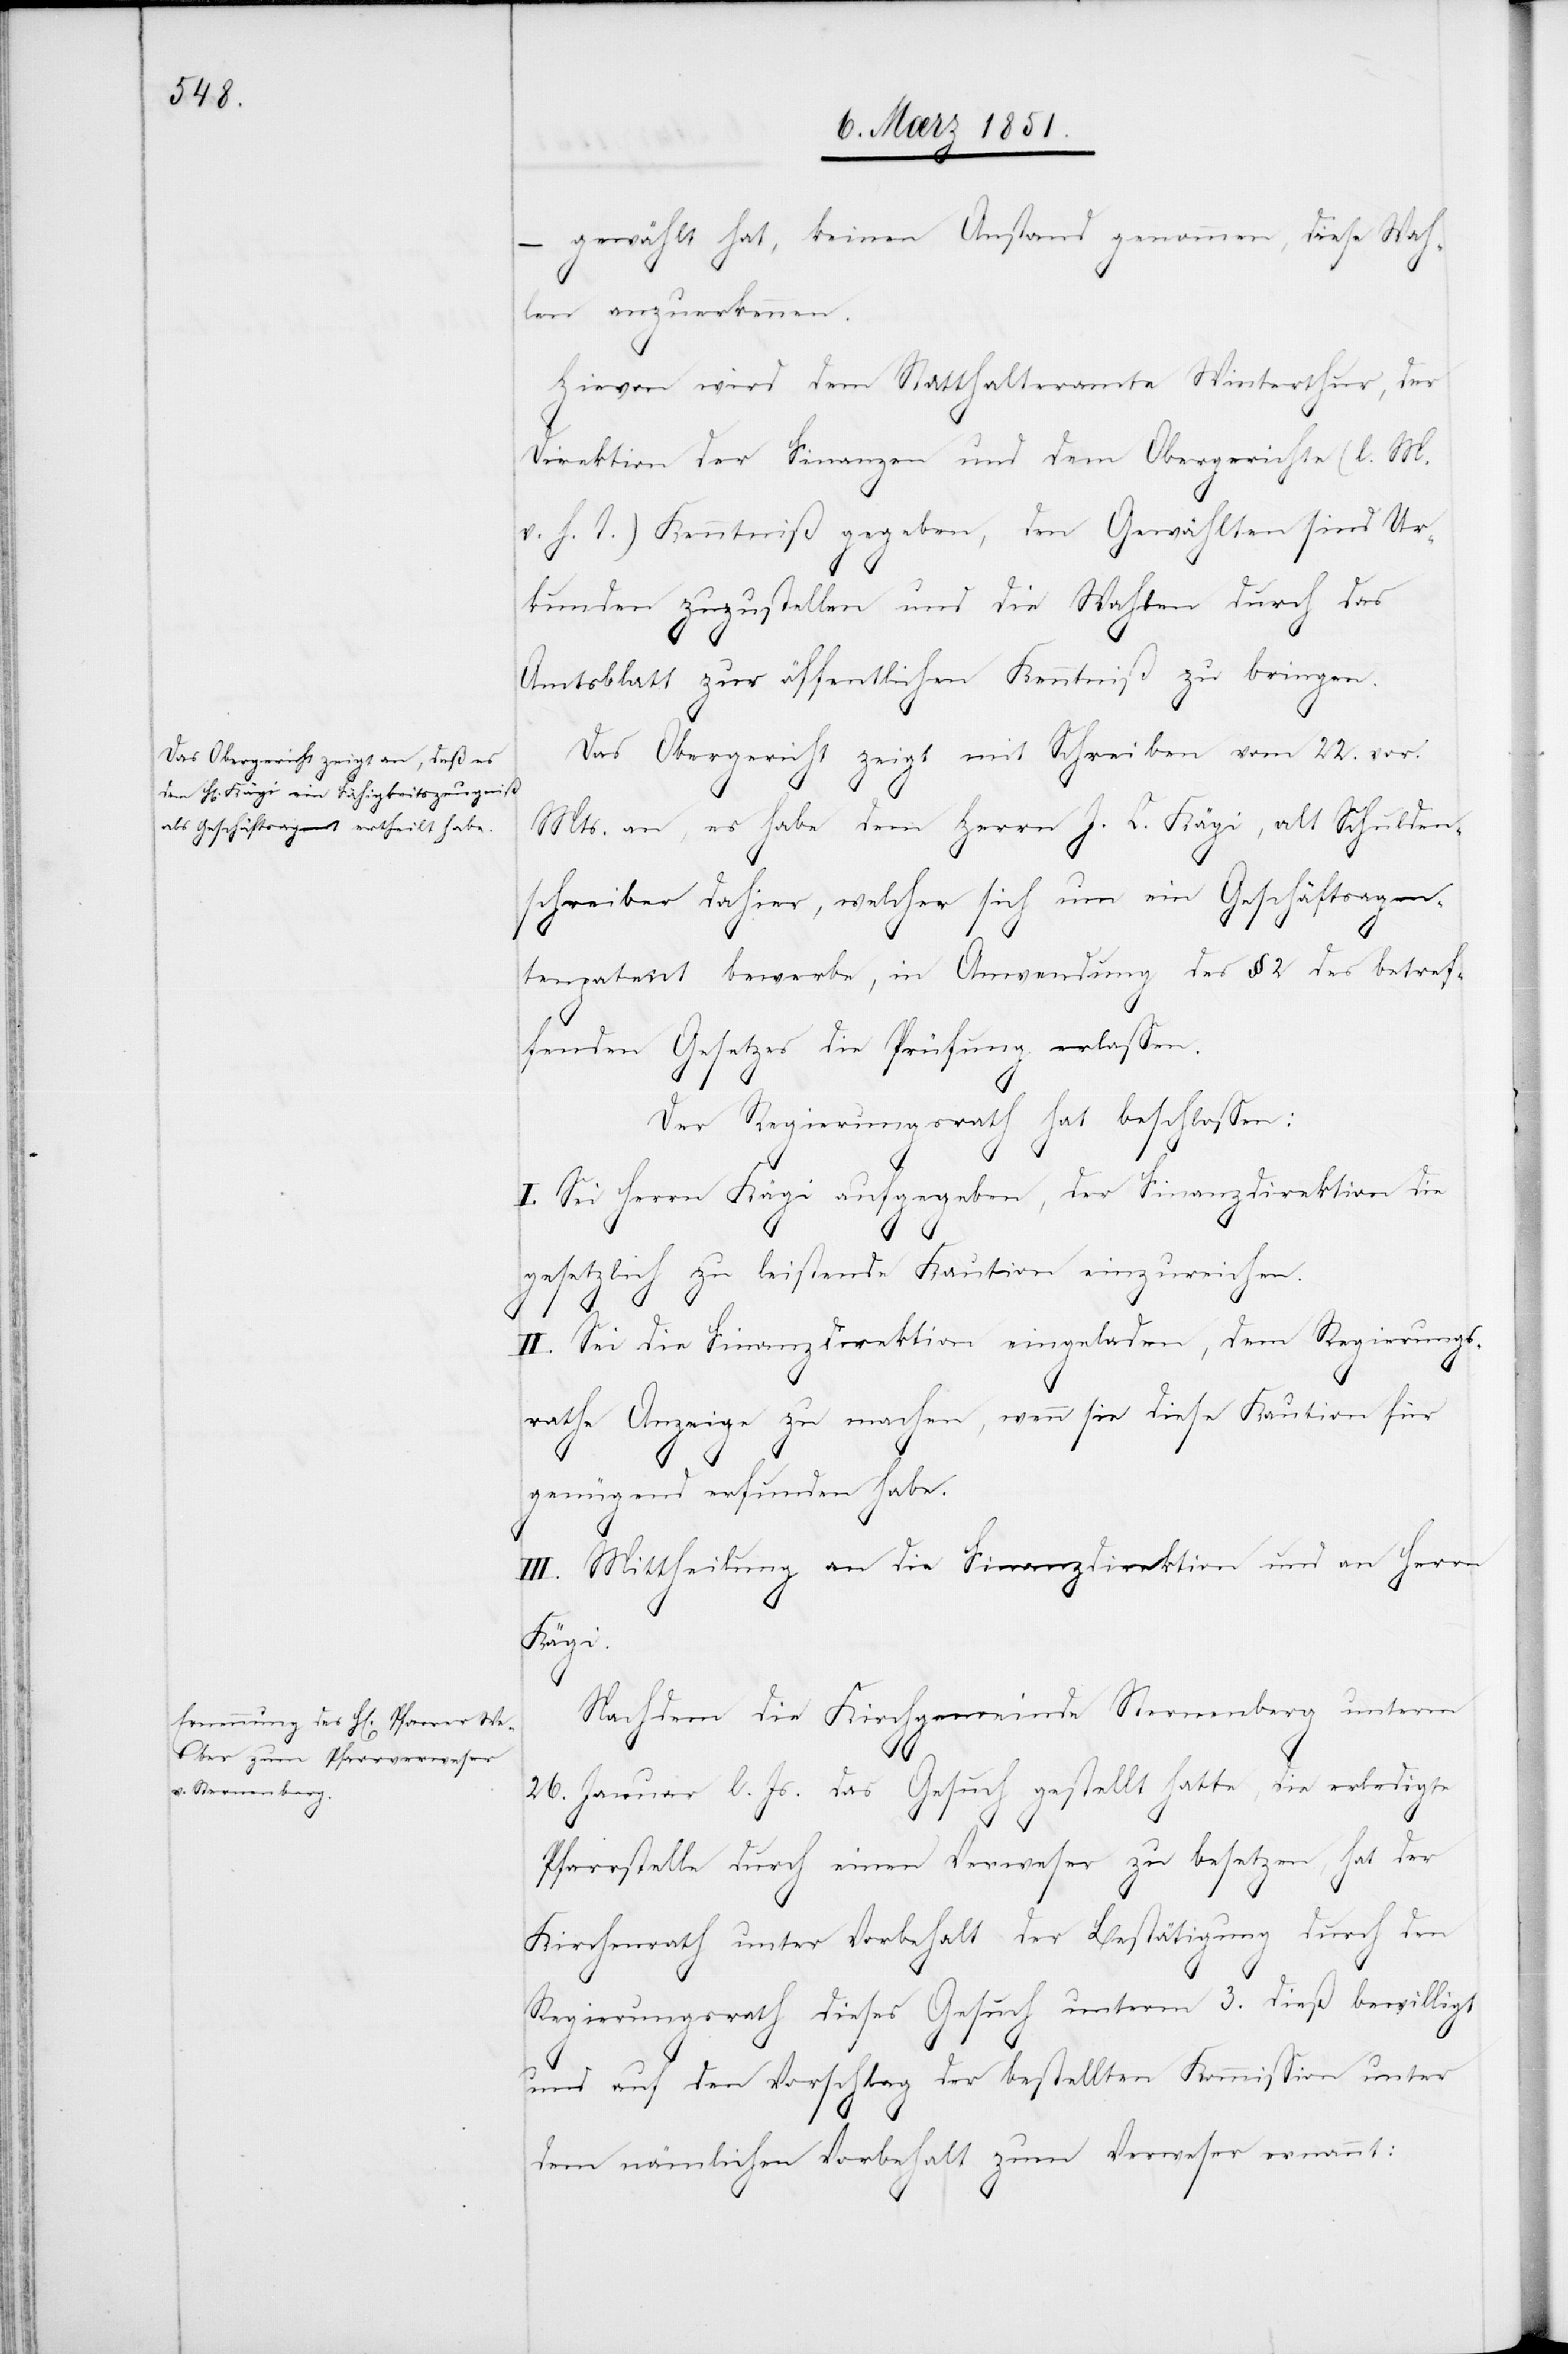
–
gewählt hat, keinen Anstand genommen, diese Wah¬
len anzuerkennen.
Hievon wird dem Statthalteramte Winterthur, der
Direktion der Finanzen und dem Obergerichte (l. M.
v. h. T.) Kenntniß gegeben, den Gewählten sind Ur¬
kunden zuzustellen und die Wahlen durch das
Amtsblatt zur öffentlichen Kenntniß zu bringen.
Das Obergericht zeigt mit Schreiben vom 22. vor.
Mts. an, es habe dem Herrn J. C. Kägi, alt Schulden¬
schreiber dahier, welcher sich um ein Geschäftsagen¬
tenpatent bewerbe, in Anwendung des § 2 des betref¬
fenden Gesetzes die Prüfung erlassen.
Der Regierungsrath hat beschlossen:
I. Sei Herrn Kägi aufgegeben, der Finanzdirektion die
gesetzlich zu leistende Kaution einzureichen.
II. Sei die Finanzdirektion eingeladen, dem Regierungs¬
rathe Anzeige zu machen, wenn sie diese Kaution für
genügend erfunden habe.
III. Mittheilung an die Finanzdirektion und an Herrn
Kägi.
Nachdem die Kirchgemeinde Sternenberg unterm
26. Januar l. Js. das Gesuch gestellt hatte, die erledigte
Pfarrstelle durch einen Verweser zu besetzen, hat der
Kirchenrath unter Vorbehalt der Bestätigung durch den
Regierungsrath dieses Gesuch unterm 3. dieß bewilligt
und auf den Vorschlag der bestellten Kommission unter
dem nämlichen Vorbehalt zum Verweser ernannt: